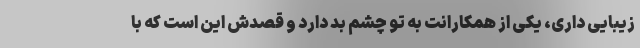
زیبایی داری، یکی از همکارانت به تو چشم بد دارد و قصدش این است که با